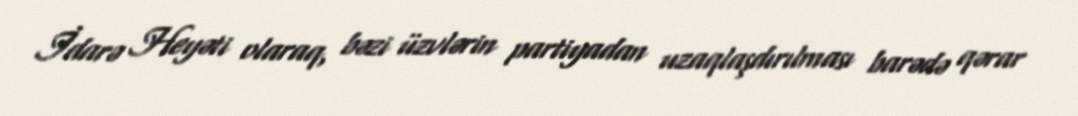
İdarə Heyəti olaraq, bəzi üzvlərin partiyadan uzaqlaşdırılması barədə qərar